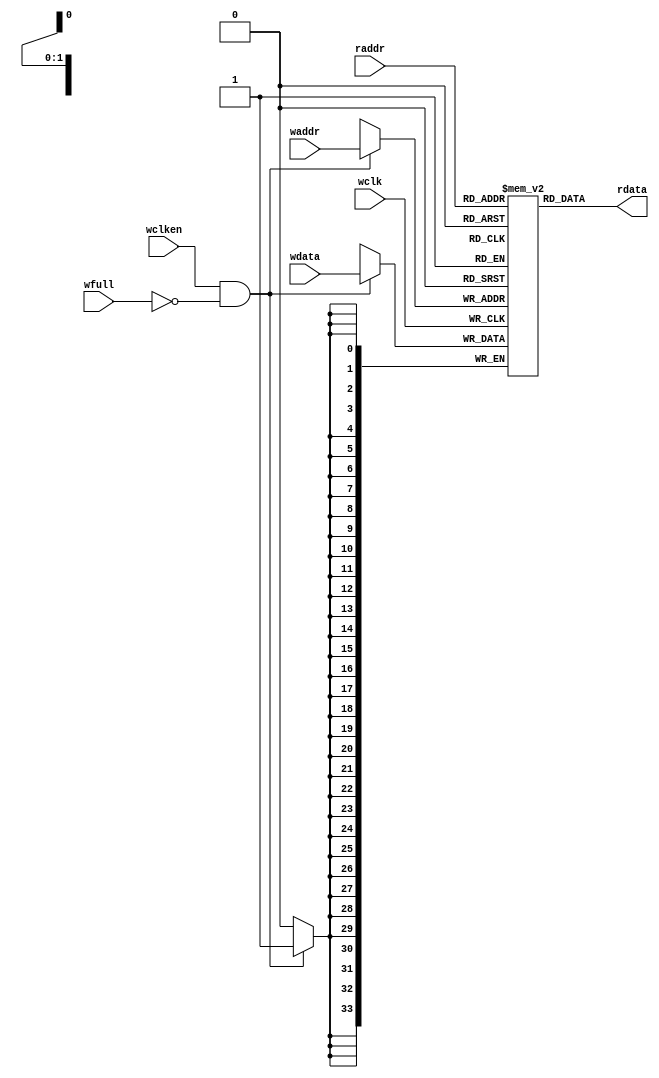
module cdc_fifomem_1 #(
parameter DATASIZE = 34, 
    parameter ADDRSIZE = 2 
) (
    output wire [DATASIZE-1:0] rdata,
    input wire [DATASIZE-1:0] wdata,
    input wire [ADDRSIZE-1:0] waddr, raddr,
    input wire wclken, wfull, wclk
);
localparam DEPTH = 1<<ADDRSIZE;
reg [DATASIZE-1:0] cdc_mem [0:DEPTH-1];
assign rdata = cdc_mem[raddr];
always @(posedge wclk)
    if (wclken && !wfull) cdc_mem[waddr] <= wdata;
endmodule